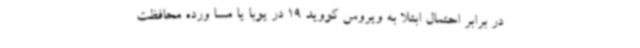
در برابر احتمال ابتلا به ویروس کووید 19 در یوبا یا مسا ورده محافظت